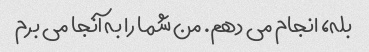
بله، انجام می دهم. من شما را به آنجا می برم